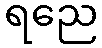
ရညေ